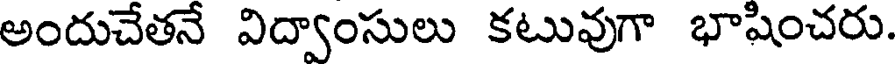
అందుచేతనే విద్వాంసులు కటువుగా భాషించరు.